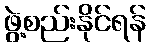
ဖွဲ့စည်းနိုင်ရန်